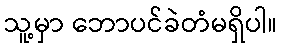
သူ့မှာ ဘောပင်ခဲတံမရှိပါ။